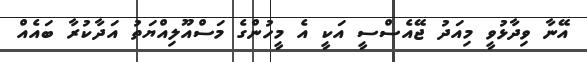
އޭނާ ވިދާޅުވީ މިއަދު ޖޭއެސްސީ އަކީ އެ މީހުންގެ މަސްއޫލިއްޔަތު އަދާކުރާ ބައެއް